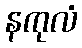
နကုလံ